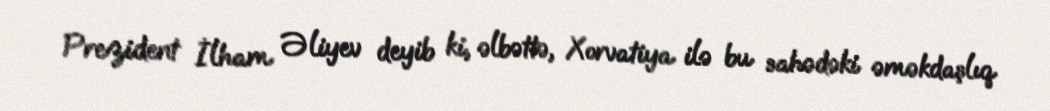
Prezident İlham Əliyev deyib ki, əlbəttə, Xorvatiya ilə bu sahədəki əməkdaşlıq